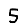
Digit: 5